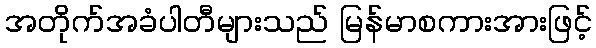
အတိုက်အခံပါတီများသည် မြန်မာစကားအားဖြင့်